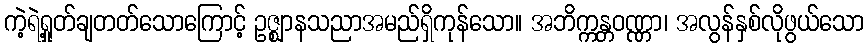
ကဲ့ရဲ့ရှုတ်ချတတ်သောကြောင့် ဥဇ္ဈာနသညာအမည်ရှိကုန်သော။ အဘိက္ကန္တဝဏ္ဏာ၊ အလွန်နှစ်လိုဖွယ်သော